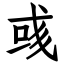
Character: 彧